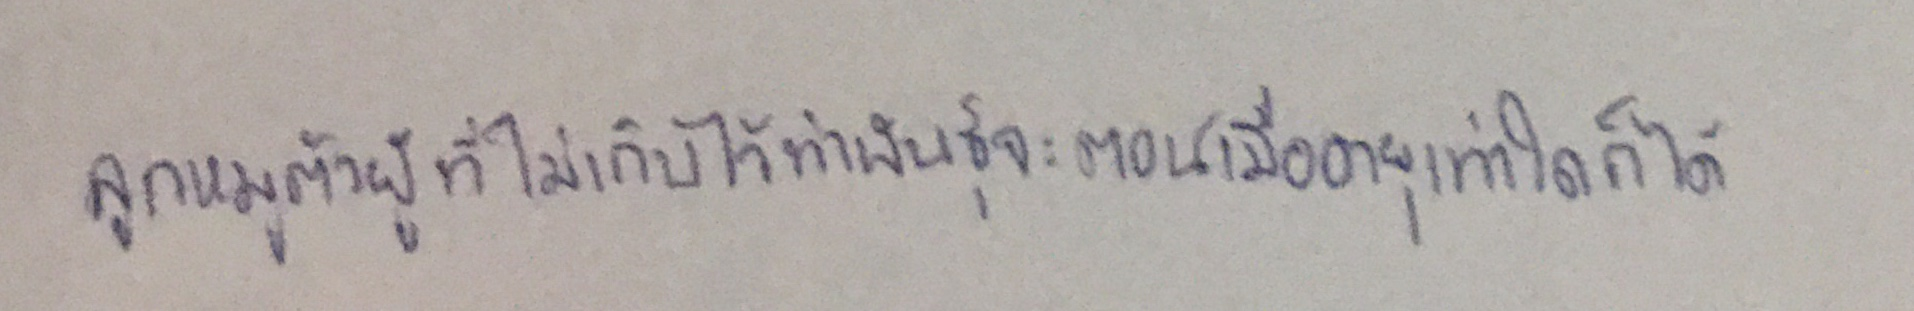
ลูกหมูตัวผู้ที่ไม่เก็บไว้ทำพันธุ์จะตอนเมื่ออายุเท่าใดก็ได้